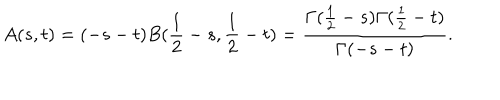
A ( s , t ) = ( - s - t ) B ( \frac { 1 } { 2 } - s , \frac { 1 } { 2 } - t ) = \frac { \Gamma ( \frac { 1 } { 2 } - s ) \Gamma ( \frac { 1 } { 2 } - t ) } { \Gamma ( - s - t ) } .